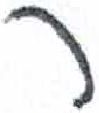
אות: ר